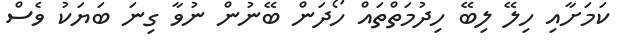
ކަމަށާއި ހިލޭ ލިބޭ ހިދުމަތްތައް ހޯދަން ބޭނުން ނުވާ ގިނަ ބަޔަކު ވެސް